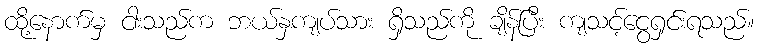
ထို့နောက်မှ ငါးသည်က ဘယ်နှကျပ်သား ရှိသည်ကို ချိန်ပြီး ကျသင့်ငွေရှင်းရသည်။